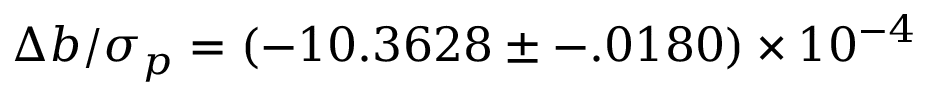
\Delta b / \sigma _ { p } = ( - 1 0 . 3 6 2 8 \pm - . 0 1 8 0 ) \times 1 0 ^ { - 4 }